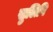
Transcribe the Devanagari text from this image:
सुलिपि